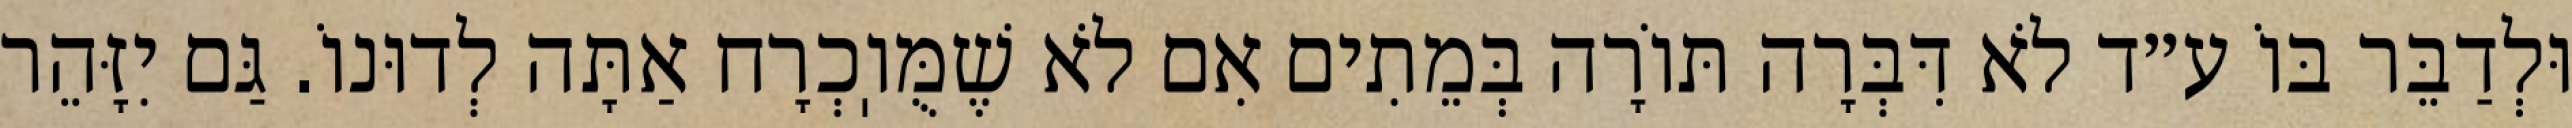
וּלְדַבֵּר בּוֹ ע״ד לֹא דִּבְּרָה תּוֹרָה בְּמֵתִים אִם לֹא שֶׁמֻּוֽכְרָח אַתָּה לְדוּנוֹ. גַּם יִזָּהֵר